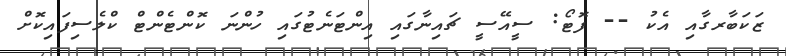
ޒަކަބާރގާއި އެކު -- ފޮޓޯ: ސީއޭސީ ޗައިނާގައި އިންޓަނެޓުގައި ހުންނަ ކޮންޓެންޓް ކްލެސިފައިކޮށް